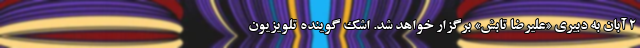
۲ آبان به دبیری «علیرضا تابش» برگزار خواهد شد. اشک گوینده تلویزیون